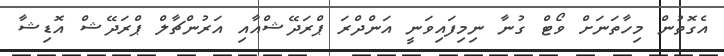
އެގޮތުން މިހާތަނަށް ވޯޓް ގުނާ ނިމިފައިވަނީ އަންދްރަ ޕްރަދޭޝްއާއި އަރުންޗާލް ޕްރަދޭޝް އޮޑިޝާ